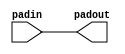
module cyclonev_io_pad ( 
		      padin, 
                      padout
	            );
parameter lpm_type = "cyclonev_io_pad";
input padin; 
output padout;
wire padin_ipd;
wire padout_opd;
buf padin_buf  (padin_ipd,padin);
assign padout_opd = padin_ipd;
buf padout_buf (padout, padout_opd);
endmodule